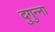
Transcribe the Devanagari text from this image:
दुगुन्ना